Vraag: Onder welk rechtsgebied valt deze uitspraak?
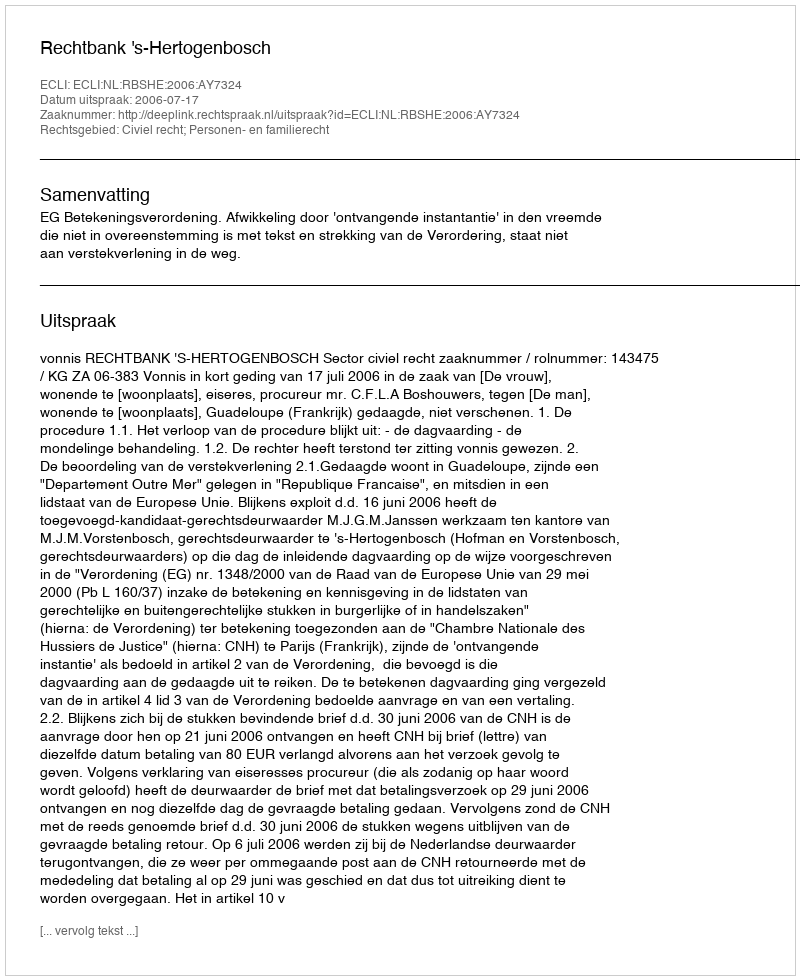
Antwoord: Civiel recht; Personen- en familierecht